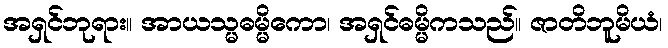
အရှင်ဘုရား။ အာယသ္မဓမ္မိကော၊ အရှင်ဓမ္မိကသည်။ ဇာတိဘူမိယံ၊